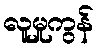
လူမှုကွန်